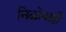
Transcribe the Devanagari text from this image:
निळोवाही